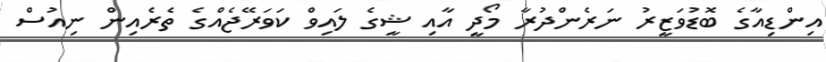
އިންޑިއާގެ ބޮޑުވަޒީރު ނަރެންދުރާ މޯދީ އާއި ޝީގެ ލައިވް ކަވަރޭޖެއްގެ ތެރެއިން ނިއުސް